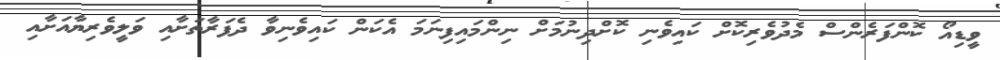
ވީޑިއޯ ކޮންފަރެންސް މެދުވެރިކޮށް ކައިވެނި ކޮށްދިނުމަށް ނިންމައިފިނަމަ އެކަން ކައިވެނިވާ ދެފަރާތަށާއި ވަލީވެރިޔާއަށާއި